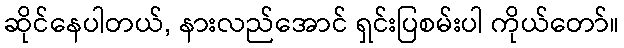
ဆိုင်နေပါတယ်, နားလည်အောင် ရှင်းပြစမ်းပါ ကိုယ်တော်။